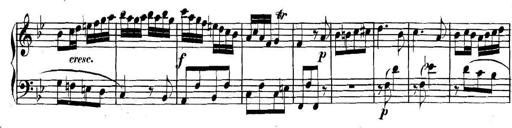
Title: Collected Piano Sonatas
Composer: Muzio Clementi